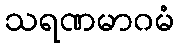
သရဏမာဂမံ